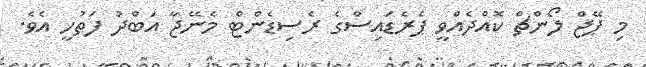
މި ޕޭޖް ލޯންޗް ކޮއްދެއްވީ ޕެރެޑައިސްގެ ރެސިޑެންޓް މެނޭޖާ އަބްދު ފަތުހީ އެވެ.